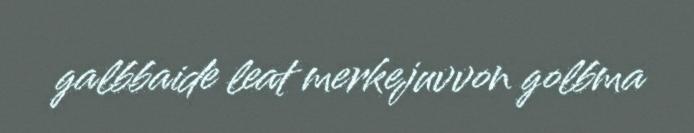
galbbaide leat merkejuvvon golbma